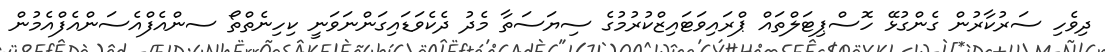
ދިވެހި ސަރުކާރުން ގެންގުޅޭ ހޮސްޕިޓަލްތައް ޕްރައިވަޓައިޒްކުރުމުގެ ސިޔަސަތާ މެދު ދެކެވަޑައިގަންނަވަނީ ކިހިނެތްތޯ ސންއެފްއެސަންއެފްއެމުން